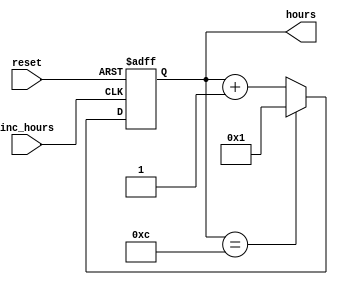
// This program was cloned from: https://github.com/FPGADude/Digital-Design
// License: GNU General Public License v3.0

`timescale 1ns / 1ps

module hours(
    input inc_hours,        // From minutes
    input reset,
    output [3:0] hours
    );
    
    reg [3:0] hrs_ctr = 12;
    
    always @(negedge inc_hours or posedge reset) begin
        if(reset)
            hrs_ctr <= 12;
        else
            if(hrs_ctr == 12)
                hrs_ctr <= 1;
            else
                hrs_ctr <= hrs_ctr + 1;
    end
    
    assign hours = hrs_ctr;
    
endmodule